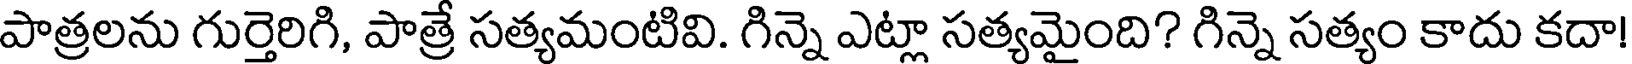
పాత్రలను గుర్తెరిగి, పాత్రే సత్యమంటివి. గిన్నె ఎట్లా సత్యమైంది? గిన్నె సత్యం కాదు కదా